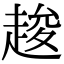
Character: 䞭